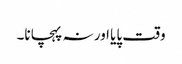
وقت پایا اور نہ پہچانا۔